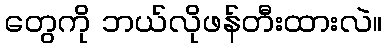
တွေကို ဘယ်လိုဖန်တီးထားလဲ။